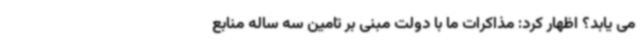
می یابد؟ اظهار کرد: مذاکرات ما با دولت مبنی بر تامین سه ساله منابع